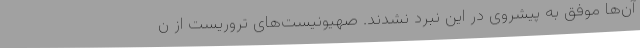
آن‌ها موفق به پیشروی در این نبرد نشدند. صهیونیست‌های تروریست از ن